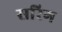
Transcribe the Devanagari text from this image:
सरिग